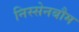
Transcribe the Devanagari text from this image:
निस्सेनबौम